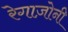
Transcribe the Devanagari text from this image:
रेगाज़ोनी